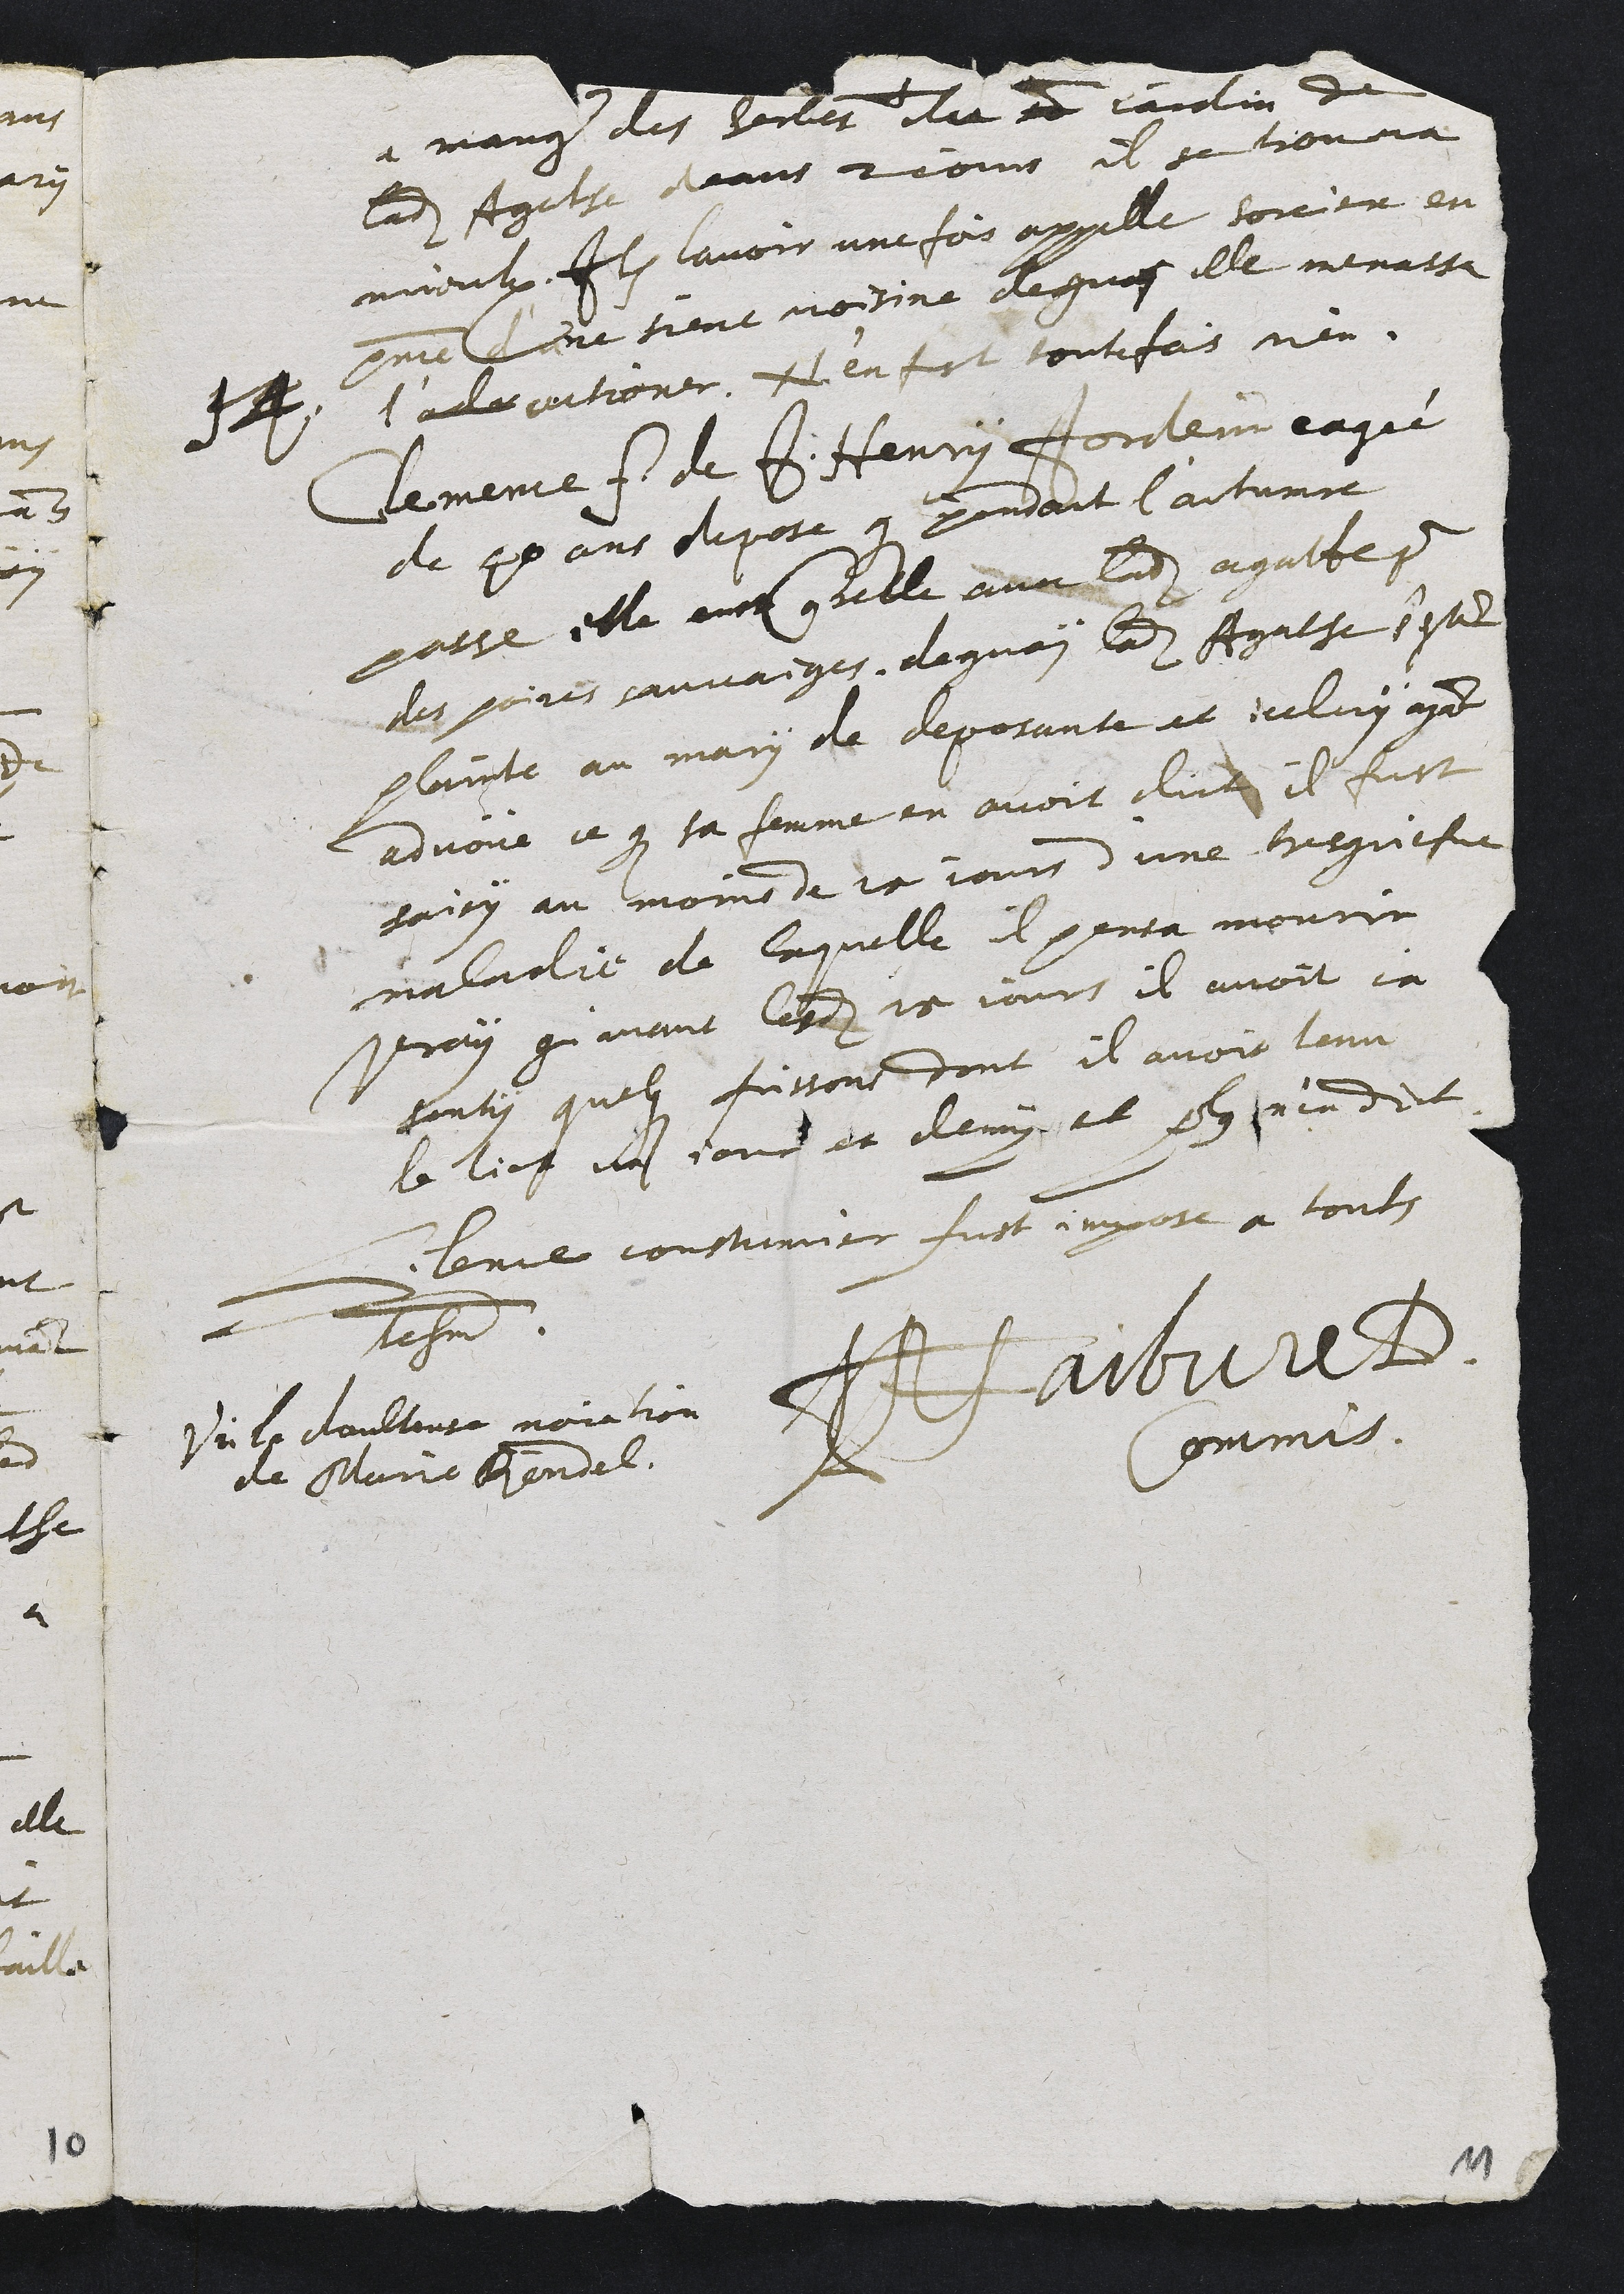
a manger des herbes du d jardin de
ladite Agathe deans 2 jours il se trouva
mieulx. Item lavoir une fois appelle sorciere en
presence d'une siene voisine de quoi elle menassa
l'adv actioner. N'en fut toutefois rien.
14. Clemence f. de J. Henry Jordein eagée
de 40 ans depose que pendant l'automne
passe elle euct querelle avec ladite agatte pour
des poires sauvaiges de quoy ladite Agathe s'estoit
plainte au mary de deposante et iceluy ayant
advoue ce que sa femme en avoit dict il fust
saisy au moins de 15 jours d'une tres griefve
maladie de laquelle il pensa mourir
vray qu'avant lesdits 15 jours il avoit ja
senty quelques frissons dont il avoit tenu
le lict un jour et demy et plus n'en dict.
Silence coustumier fust impose a touts
tesmoins.
JP Faibvre D.
Commis
Vu la doulteuse nonciation
de Marie Rondel.